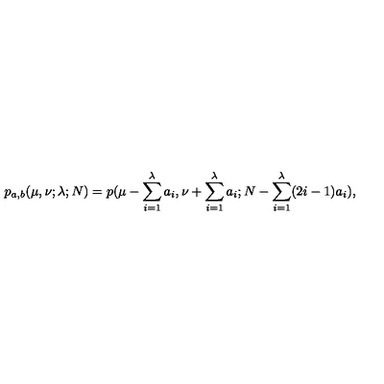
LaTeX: p _ { a , b } ( \mu , \nu ; \lambda ; N ) = p ( \mu - \sum _ { i = 1 } ^ { \lambda } a _ { i } , \nu + \sum _ { i = 1 } ^ { \lambda } a _ { i } ; N - \sum _ { i = 1 } ^ { \lambda } ( 2 i - 1 ) a _ { i } ) ,